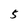
Character: 5